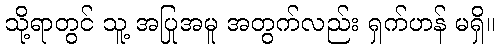
သို့ရာတွင် သူ့ အပြုအမူ အတွက်လည်း ရှက်ဟန် မရှိ။